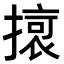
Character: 𭢔